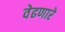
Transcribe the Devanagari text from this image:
वेढणारे